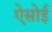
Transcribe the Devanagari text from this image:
ऐसोई